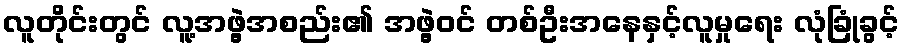
လူတိုင်းတွင် လူ့အဖွဲ့အစည်း၏ အဖွဲ့ဝင် တစ်ဦးအနေနှင့်လူမှုရေး လုံခြုံခွင့်